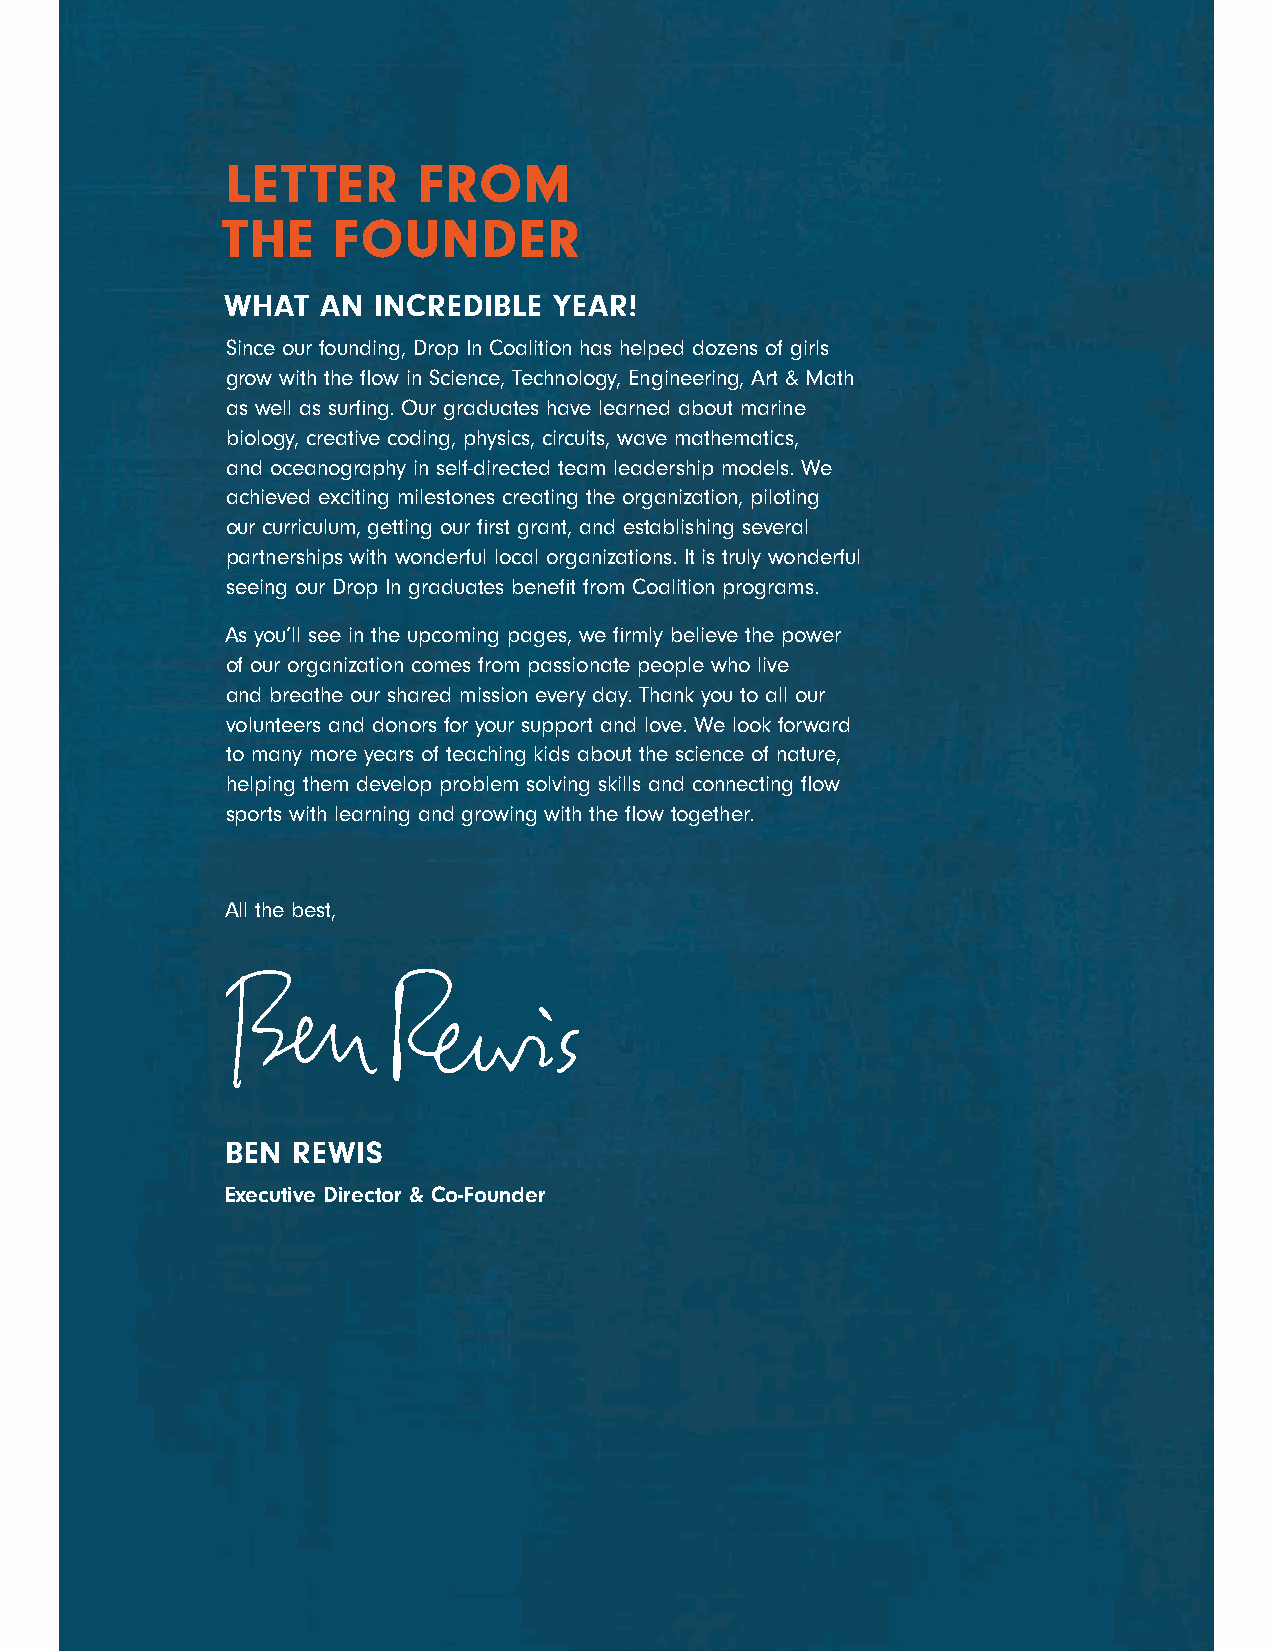
LETTER       FROM
 THE    FOUNDER
 WHAT  AN  INCREDIBLE  YEAR!
 Since our founding, Drop In Coalition has helped dozens of girls
 grow with the flow in Science, Technology, Engineering, Art & Math
 as well as surfing. Our graduates have learned about marine
 biology, creative coding, physics, circuits, wave mathematics,
 and oceanography in self-directed team leadership models. We
 achieved exciting milestones creating the organization, piloting
 our curriculum, getting our first grant, and establishing several
 partnerships with wonderful local organizations. It is truly wonderful
 seeing our Drop In graduates benefit from Coalition programs.
 As you’ll see in the upcoming pages, we firmly believe the power
 of our organization comes from passionate people who live
 and breathe our shared mission every day. Thank you to all our
 volunteers and donors for your support and love. We look forward
 to many more years of teaching kids about the science of nature,
 helping them develop problem solving skills and connecting flow
 sports with learning and growing with the flow together.
 All the best,
 BEN REWIS
 Executive Director & Co-Founder